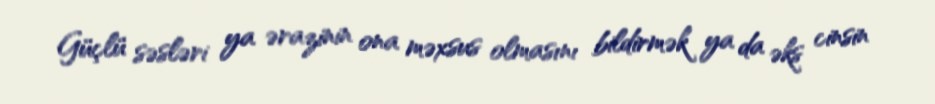
Güçlü səsləri ya ərazinin ona məxsus olmasını bildirmək ya da əks cinsin